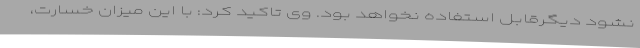
نشود دیگرقابل استفاده نخواهد بود. وی تاکید کرد: با این میزان خسارت،